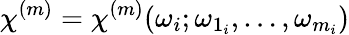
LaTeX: \chi^{(m)}=\chi^{(m)}(\omega_{i};\omega_{1_{i}},\dots,\omega_{m_{i}})